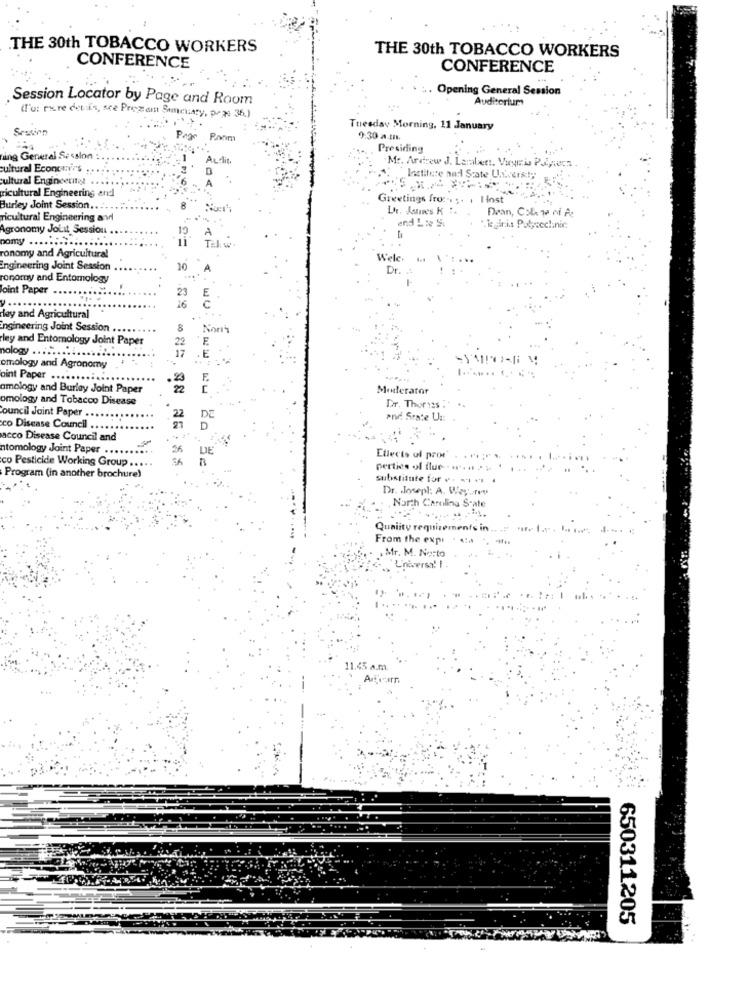
THE 30th TOBACCO WORKERS
THE 30th TOBACCO WORKERS
CONFERENCE
CONFERENCE
Opening General Session
Session Locator by Page and Room
Auditorium
Ie: rare det is, sce Prezen Sanchary, page 36.)
Session
Tuesday Morning, 11 January
Room
9:30 a.m.
Presiding
ing General Session :
Aulit
.Mr. Andrew J. Laral
cultural Econcave's ,
r :. Vayria Pulvers .
cultural Engineeringl
Institere and State Uncurity
icultural Engineering and
Greetings fruc .. .. . I lost
Burley Joint Session .. ..
Dean, Cole Ta Ni At
ricultural Engineering avel
Agronomy JoLit Session .
19
A
Reginis Pulpecclinic
pomy
ronomy and Agricultural
Wele.
Engineering Joint Session
10
Dr.
ronomy and Entomology
Joint Paper
23
E
16
Hey and Agricultural
Engineering Joint Session .
Non
ley and Entomology Joint Paper
E
nology .........
E
omology and Agronomy
oint Paper .....
F.
amology and Burley Joint Paper
Moderator
omology and Tobacco Disease
council Joint Paper .
Dr. Thoryss
22
DE
Phd State Uz:
co Disease Council
acco Disease Council and
ntomology Joint Paper ....
DE
co Pesticide Working Group ....
n
Etlects of pro
perties of fluer- Ht P
Program (in another brochure)
substitute for v. +++ ++
Dr. Joseph: A. Wey.rey
North Carolina State
Quality requ
From the expi
Mr. M. No:to
11.45 a.m.
650311205